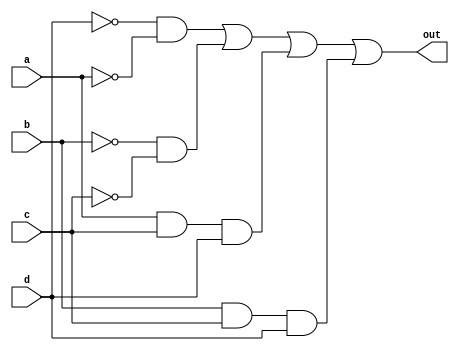
module top_module(
    input a,
    input b,
    input c,
    input d,
    output out  );
    wire a_no, b_no, c_no, d_no, w1,w2,w3,w4;
    not ( a_no, a);
    not ( b_no, b);
    not ( c_no, c);
    not ( d_no, d);
   
    and ( w1, d_no, a_no);
    and (w2, b_no, c_no);
    and (w3, a,c,d);
    and (w4, b,c,d);
    
    or ( out, w1,w2,w3,w4);
    

endmodule